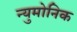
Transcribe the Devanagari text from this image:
न्युमोनिक